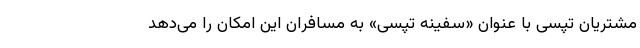
مشتریان تپسی با عنوان «سفینه تپسی» به مسافران این امکان را می‌دهد